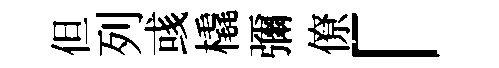
但列彧橇彌僚「